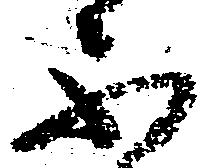
不